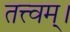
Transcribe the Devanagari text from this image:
तत्त्‍वम्।